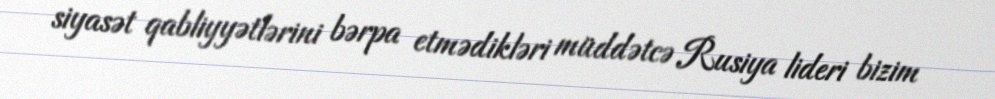
siyasət qabliyyətlərini bərpa etmədikləri müddətcə Rusiya lideri bizim